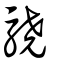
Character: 驍